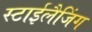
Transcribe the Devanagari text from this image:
स्टाईलैजिंग